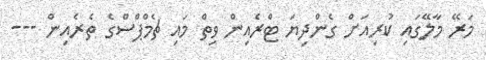
މަރޭ މާލޭގައި ކުރިއަށް ގެންދިޔަ ޓްރެއިން ވިތް މައި ޗެމްޕްސްގެ ތެރެއިން ---